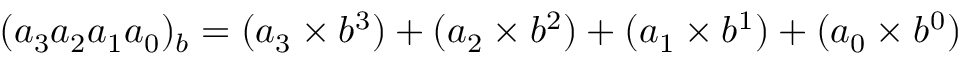
( a _ { 3 } a _ { 2 } a _ { 1 } a _ { 0 } ) _ { b } = ( a _ { 3 } \times b ^ { 3 } ) + ( a _ { 2 } \times b ^ { 2 } ) + ( a _ { 1 } \times b ^ { 1 } ) + ( a _ { 0 } \times b ^ { 0 } )